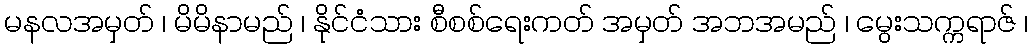
မနလအမှတ် ၊ မိမိနာမည် ၊ နိုင်ငံသား စီစစ်ရေးကတ် အမှတ် အဘအမည် ၊ မွေးသက္ကရာဇ် ၊